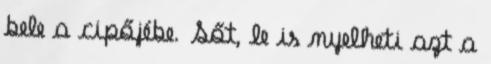
bele a cipőjébe. Sőt, le is nyelheti azt a